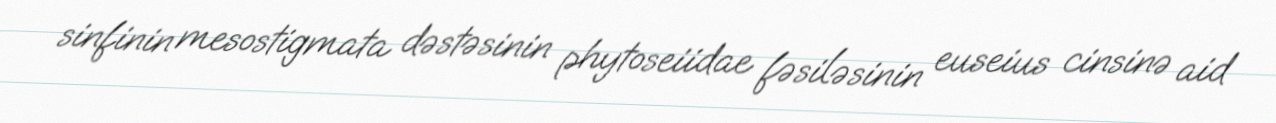
sinfinin mesostigmata dəstəsinin phytoseiidae fəsiləsinin euseius cinsinə aid